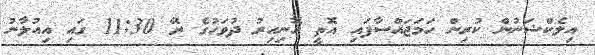
އިލެކްޝަނުން ކުރިން ހަމަޖައްސާފައި އޮތީ ހޮނިހިރު ދުވަހުގެ ރޭ 11:30 ގައި އިއުލާނު